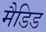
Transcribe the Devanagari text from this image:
मैडिड